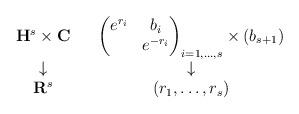
LaTeX: \begin{align*}\begin{array}[c]{cccc}\mathbf{H}^{s}\times\mathbf{C} & &\begin{pmatrix}e^{r_{i}} & b_{i}\\& e^{-r_{i}}\end{pmatrix}_{i=1,\ldots,s}\times(b_{s+1}) & \\\downarrow & & \downarrow & \\\mathbf{R}^{s} & & (r_{1},\ldots,r_{s}) &\end{array}\end{align*}